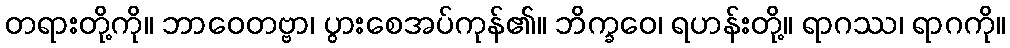
တရားတို့ကို။ ဘာဝေတဗ္ဗာ၊ ပွားစေအပ်ကုန်၏။ ဘိက္ခဝေ၊ ရဟန်းတို့။ ရာဂဿ၊ ရာဂကို။